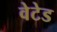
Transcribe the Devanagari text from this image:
वेटेड